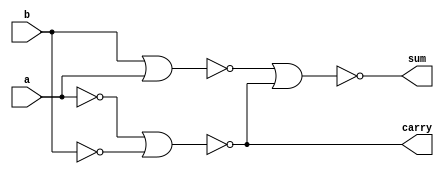
module ha_nor(a,b,sum,carry);
  input a,b;
  output sum,carry;
  wire w1,w2,w3;

	
  assign w1  = ~(b|a);  
  assign w2  = ~(a|a);
  assign w3  = ~(b|b);
  assign sum = ~(w1|carry);
  assign carry = ~(w2|w3);
endmodule